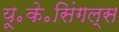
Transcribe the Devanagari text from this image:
यू॰के॰सिंगल्स